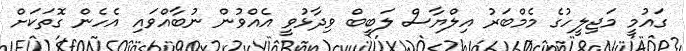
ގައުމީ މަޖިލީހުގެ މެމްބަރު އިލްޔާސް ލަބީބް ވިދާޅުވީ އެއްވުން ނުބާއްވައި އެހެން ގޮތަކަށް